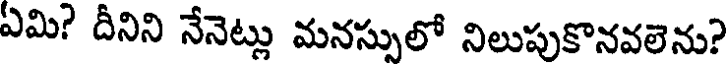
ఏమి? దీనిని నేనెట్లు మనస్సులో నిలుపుకొనవలెను?